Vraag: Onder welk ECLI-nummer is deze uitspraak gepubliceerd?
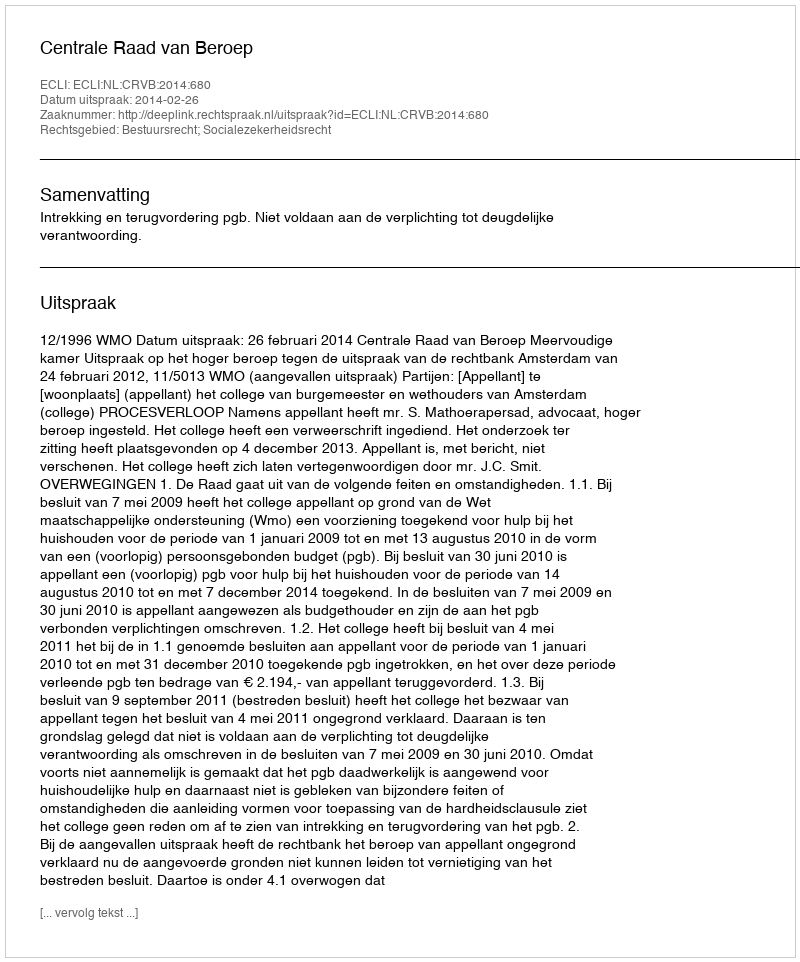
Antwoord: ECLI:NL:CRVB:2014:680